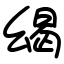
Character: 㡫